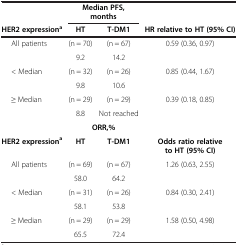
<table><thead><tr><td><b> </b></td><td colspan="2"><b>Median PFS, months</b></td><td><b> </b></td></tr><tr><td><b>HER2 expression<sup>a</sup></b></td><td><b>HT</b></td><td><b>T-DM1</b></td><td><b>HR relative to HT (95% CI)</b></td></tr></thead><tbody><tr><td rowspan="2">All patients</td><td>(n = 70)</td><td>(n = 67)</td><td rowspan="2">0.59 (0.36, 0.97)</td></tr><tr><td>9.2</td><td>14.2</td></tr><tr><td rowspan="2">&lt; Median</td><td>(n = 32)</td><td>(n = 26)</td><td rowspan="2">0.85 (0.44, 1.67)</td></tr><tr><td>9.8</td><td>10.6</td></tr><tr><td rowspan="2">≥ Median</td><td>(n = 29)</td><td>(n = 29)</td><td rowspan="2">0.39 (0.18, 0.85)</td></tr><tr><td>8.8</td><td>Not reached</td></tr><tr><td> </td><td colspan="2"><b>ORR,%</b></td><td> </td></tr><tr><td><b>HER2 expression</b><sup><b>a</b></sup></td><td><b>HT</b></td><td><b>T-DM1</b></td><td><b>Odds ratio relative to HT (95% CI)</b></td></tr><tr><td rowspan="2">All patients</td><td>(n = 69)</td><td>(n = 67)</td><td rowspan="2">1.26 (0.63, 2.55)</td></tr><tr><td>58.0</td><td>64.2</td></tr><tr><td rowspan="2">&lt; Median</td><td>(n = 31)</td><td>(n = 26)</td><td rowspan="2">0.84 (0.30, 2.41)</td></tr><tr><td>58.1</td><td>53.8</td></tr><tr><td rowspan="2">≥ Median</td><td>(n = 29)</td><td>(n = 29)</td><td rowspan="2">1.58 (0.50, 4.98)</td></tr><tr><td>65.5</td><td>72.4</td></tr></tbody></table>